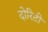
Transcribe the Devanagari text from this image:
दोरिटी